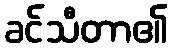
ခင်သီတာ၏